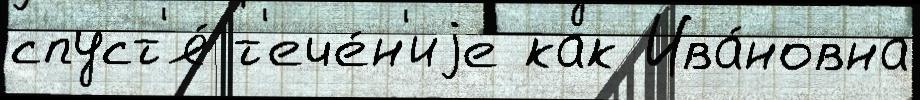
спуст'я́ т'ече́н'иjе как Ива́новна